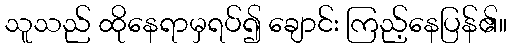
သူသည် ထိုနေရာမှရပ်၍ ချောင်း ကြည့်နေပြန်၏။